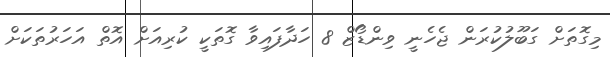
މިގޮތަށް ގަބޫލުކުރަން ޖެހެނީ ވިންޑޯޒް 8 ހަދާފައިވާ ގޮތަކީ ކުރިއަށް އޮތް އަހަރުތަކަށް